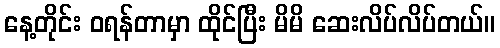
နေ့တိုင်း ဝရန်တာမှာ ထိုင်ပြီး မိမိ ဆေးလိပ်လိပ်တယ်။